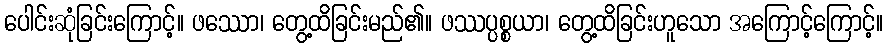
ပေါင်းဆုံခြင်းကြောင့်။ ဖဿော၊ တွေ့ထိခြင်းမည်၏။ ဖဿပ္ပစ္စယာ၊ တွေ့ထိခြင်းဟူသော အကြောင့်ကြောင့်။